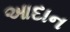
આદાન